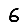
Digit: 6